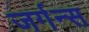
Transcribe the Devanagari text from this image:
जर्गन्स